Leaving Certificate Examination, 1913
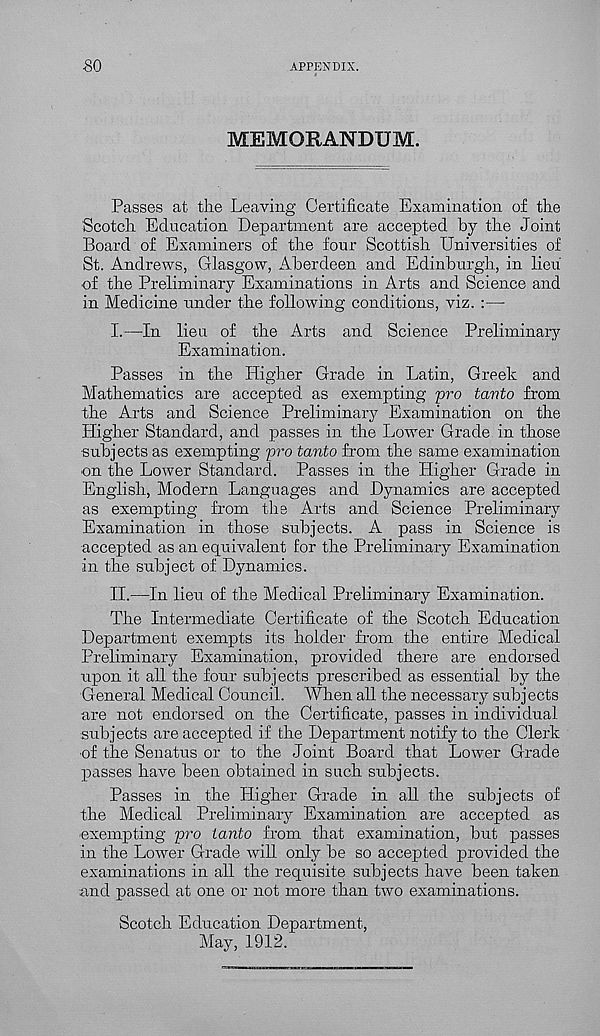
so
APPENDIX.
MEMORANDUM.
Passes at the Leaving Certificate Examination of the
Scotch Education Department are accepted by the Joint
Board of Examiners of the four Scottish Universities of
St. Andrews, Glasgow, Aberdeen and Edinburgh, in lieu
of the Preliminary Examinations in Arts and Science and
in Medicine under the following conditions, viz. :—
I.
—In lieu of the Arts an
Examination.
Passes in the Higher Grade in Latin, Greet and
Mathematics are accepted as exempting pro tavto from
the Arts and Science Preliminary Examination on the
Higher Standard, and passes in the Lower Grade in those
subjects as exempting pro tanto from the same examination
on the Lower Standard. Passes in the Higher Grade in
English, Modern Languages and Dynamics are accepted
as exempting from the Arts and Science Preliminary
Examination in those subjects. A pass in Science is
accepted as an equivalent for the Preliminary Examination
in the subject of Dynamics.
II.
—In lieu of the Medical P
The Intermediate Certificate of the Scotch Education
Department exempts its holder from the entire Medical
Preliminary Examination, provided there are endorsed
upon it all the four subjects prescribed as essential by the
General Medical Council. When all the necessary subjects
are not endorsed on the Certificate, passes in individual
subjects are accepted if the Department notify to the Clerk
of the Senatus or to the Joint Board that Lower Grade
passes have been obtained in such subjects.
Passes in the Higher Grade in all the subjects of
the Medical Preliminary Examination are accepted as
exempting pro tanto from that examination, but passes
in the Lower Grade will only be so accepted provided the
examinations in all the requisite subjects have been taken
and passed at one or not more than two examinations.
Scotch Education Department,
May, 1912.